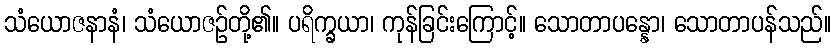
သံယောဇနာနံ၊ သံယောဇဉ်တို့၏။ ပရိက္ခယာ၊ ကုန်ခြင်းကြောင့်။ သောတာပန္နော၊ သောတာပန်သည်။